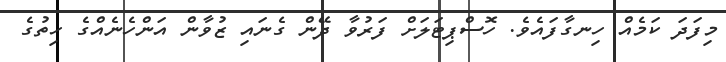
މިފަދަ ކަމެއް ހިނގާފައެވެ. ހޮސްޕިޓަލަށް ފަރުވާ ދޭން ގެނައި ޒުވާން އަންހެނެއްގެ ހިތުގެ